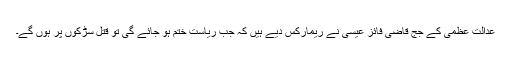
عدالتِ عظمیٰ کے جج قاضی فائز عیسٰی نے ریمارکس دیے ہیں کہ جب ریاست ختم ہو جائے گی تو قتل سڑکوں پر ہوں گے۔